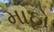
માઠો